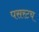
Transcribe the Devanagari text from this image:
पसरटच